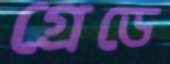
গ্রেডে